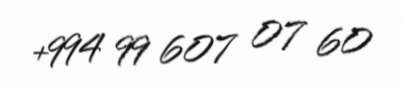
+994 99 607 07 60